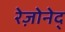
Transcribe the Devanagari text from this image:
रेज़ोनेद्